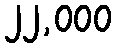
၂၂,၀၀၀